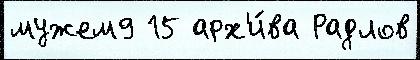
мужем9 15 арх'и́ва Радлов